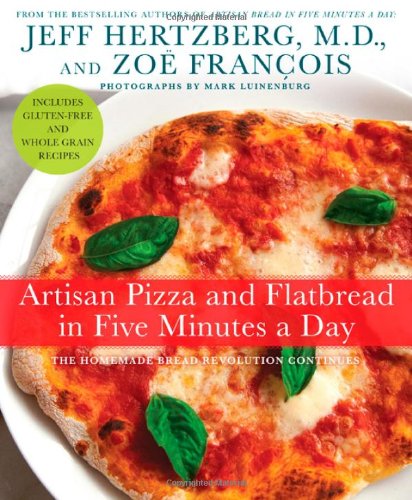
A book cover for Artisan Pizza and Flatbread in Five Minutes a Day; Jeff Hertzberg; Cookbooks, Food & Wine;